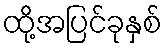
ထို့အပြင်ခုနှစ်